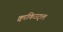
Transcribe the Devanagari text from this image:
क्वाकिउट्ल